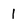
Character: I